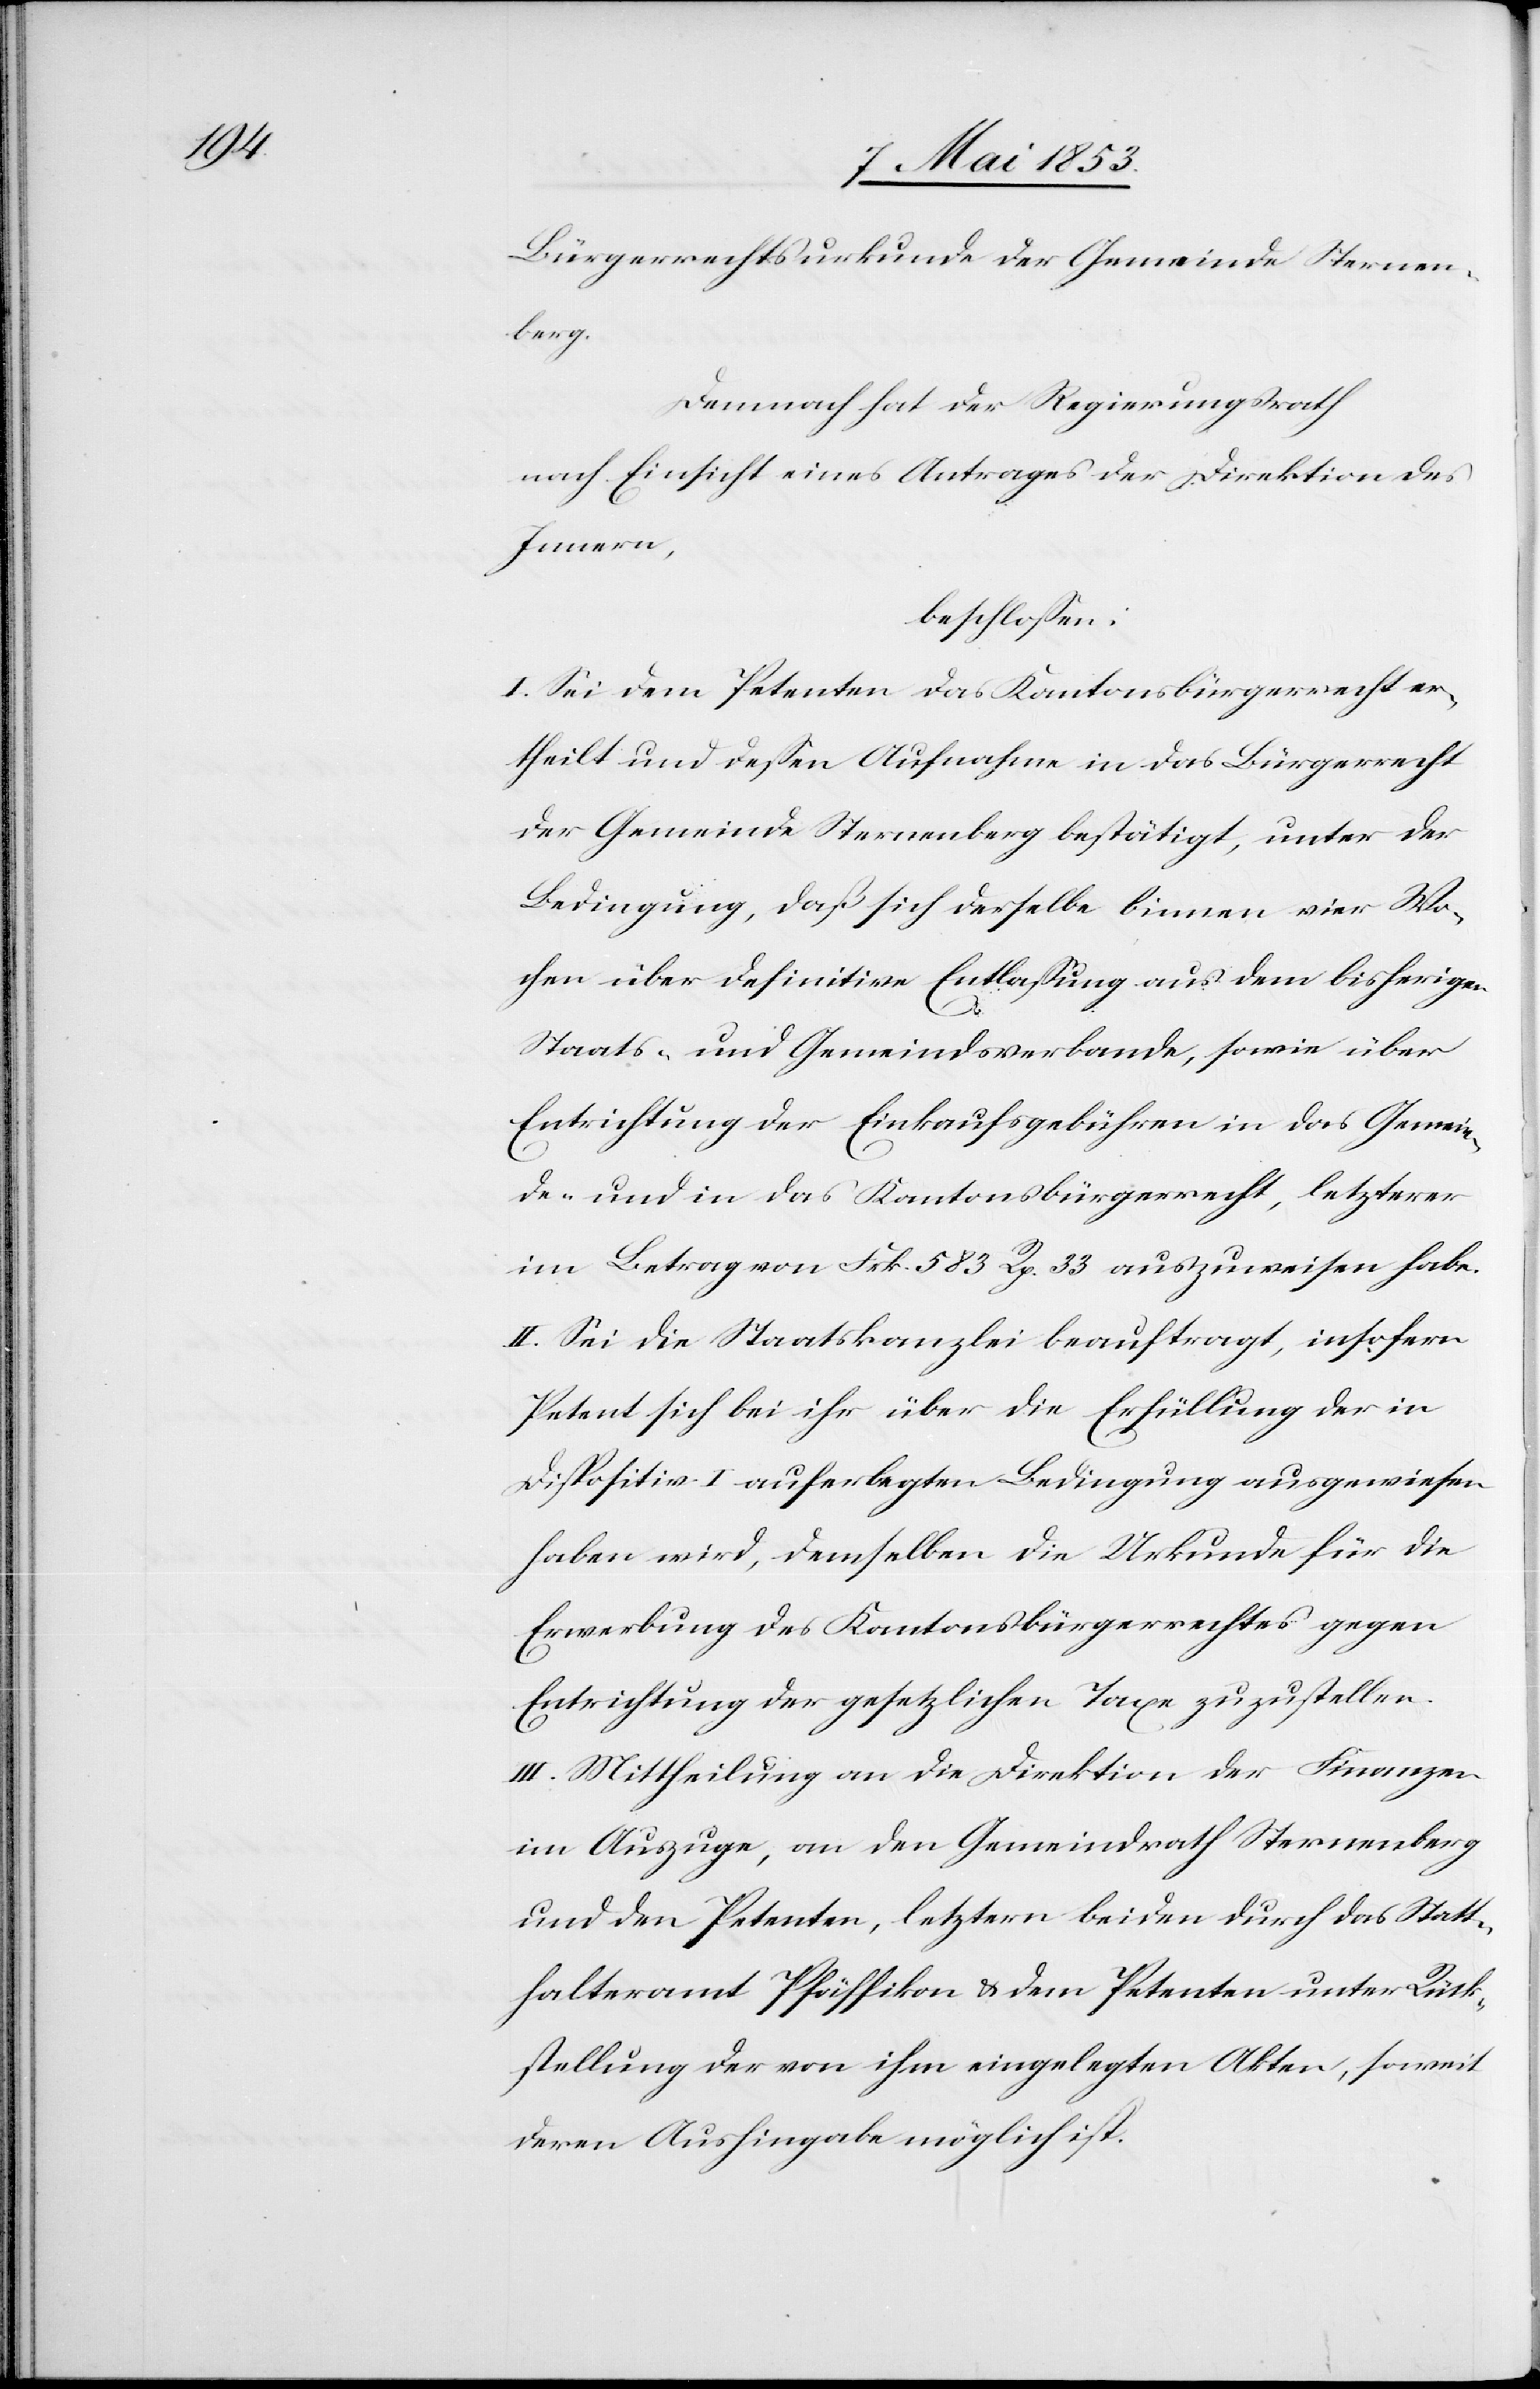
Bürgerrechtsurkunde der Gemeinde Sternen¬
berg.
Demnach hat der Regierungsrath
nach Einsicht eines Antrages der Direktion des
Innern,
beschloßen:
I. Sei dem Petenten das Kantonsbürgerrecht er¬
theilt und deßen Aufnahme in das Bürgerrecht
der Gemeinde Sternenberg bestätigt, unter der
Bedingung, daß sich derselbe binnen vier Wo¬
chen über definitive Entlaßung aus dem bisherigen
Staats- und Gemeindsverbande, sowie über
Entrichtung der Einkaufsgebühren in das Gemein¬
de- und das Kantonsbürgerrecht, letzterer
im Betrage von Frk. 583 Rp 33 auszuweisen habe.
II. Sei die Staatskanzlei beauftragt, insofern
Petent sich bei ihr über die Erfüllung der in
Dispositiv I auferlegten Bedingung ausgewiesen
haben wird, demselben die Urkunde für die
Erwerbung des Kantonsbürgerrechtes gegen
Entrichtung der gesetzlichen Taxe zuzustellen.
III. Mittheilung an die Direktion der Finanzen
im Auszuge, an den Gemeindrath Sternenberg
und den Petenten, letztern beiden durch das Statt¬
halteramt Pfäffikon u. dem Petenten unter Rück¬
stellung der von ihm eingelegten Akten, soweit
deren Aushingabe möglich ist.